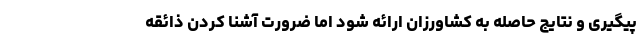
پیگیری و نتایج حاصله به کشاورزان ارائه شود اما ضرورت آشنا کردن ذائقه